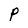
Character: P